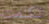
تكلمت